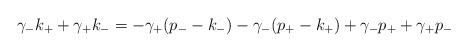
\begin{align*}\gamma_- k_+ + \gamma_+ k_- = - \gamma_+ (p_- - k_-) - \gamma_- (p_+ - k_+) + \gamma_- p_+ + \gamma_+ p_- \end{align*}